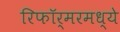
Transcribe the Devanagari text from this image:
रिफॉर्मरमध्ये